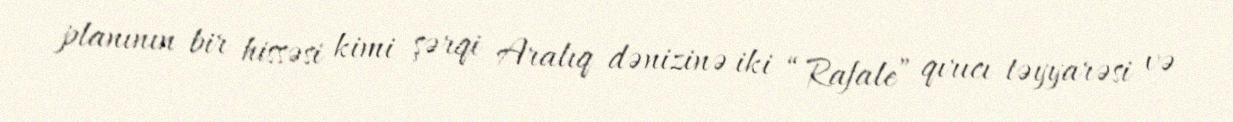
planının bir hissəsi kimi şərqi Aralıq dənizinə iki “Rafale” qırıcı təyyarəsi və